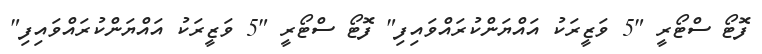
ފޮޓޯ ސްޓޯރީ "5 ވަޒީރަކު އައްޔަންކުރައްވައިފި" ފޮޓޯ ސްޓޯރީ "5 ވަޒީރަކު އައްޔަންކުރައްވައިފި"